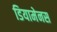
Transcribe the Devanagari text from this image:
डियामेनस